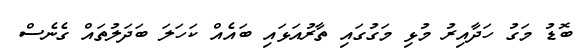
ބޮޑު މަގު ހަދާއިރު މުޅި މަގުގައި ތާރުއަޅައި ބައެއް ކަހަލަ ބަދަލުތައް ގެނެސް